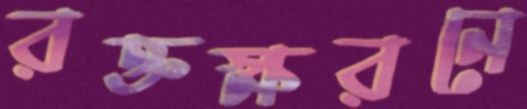
রক্তক্ষরনে